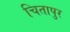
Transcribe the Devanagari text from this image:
चितापुर